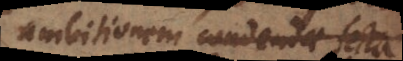
ambitionem condendae sectae